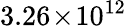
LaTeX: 3.26\! \times\! 10^{12}